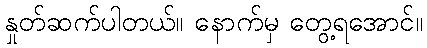
နှုတ်ဆက်ပါတယ်။ နောက်မှ တွေ့ရအောင်။